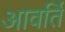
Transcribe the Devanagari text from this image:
आवर्ति